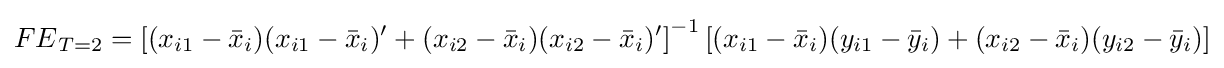
{FE}_{T=2}=\left[(x_{i1}-{\bar {x}}_{i})(x_{i1}-{\bar {x}}_{i})'+(x_{i2}-{\bar {x}}_{i})(x_{i2}-{\bar {x}}_{i})'\right]^{-1}\left[(x_{i1}-{\bar {x}}_{i})(y_{i1}-{\bar {y}}_{i})+(x_{i2}-{\bar {x}}_{i})(y_{i2}-{\bar {y}}_{i})\right]